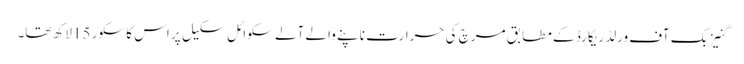
گنیز بک آف ورلڈ ریکارڈ کے مطابق مرچ کی حرارت ناپنے والے آلے سکوائل سکیل پر اس کا سکور 15لاکھ تھا۔